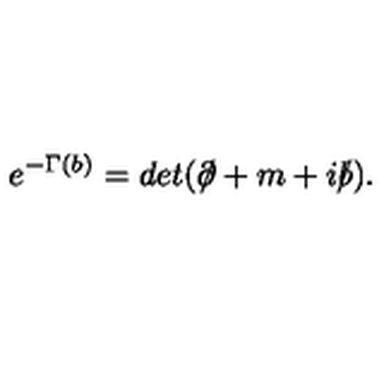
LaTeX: e ^ { - \Gamma ( b ) } = d e t ( \partial \! \! \! / + m + i b \! \! \! / ) .